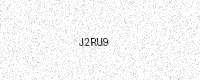
Text: J2RU9